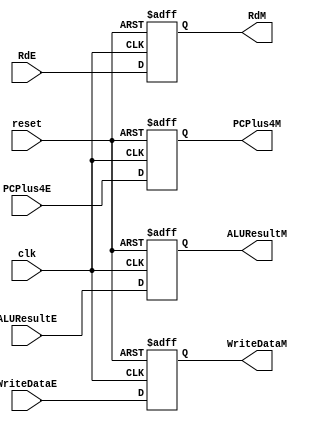
// Execution and Memory Access 

module EX_MEM(input  clk, reset,
                input [31:0] ALUResultE, WriteDataE, 
                input  [4:0] RdE, 
                input [31:0] PCPlus4E,
                output reg[31:0] ALUResultM, WriteDataM,
                output reg [4:0] RdM, 
                output reg [31:0] PCPlus4M);
//NOT PASSING PC ? why
always @( posedge clk, posedge reset ) begin 
    if (reset) begin
        ALUResultM <= 0;
        WriteDataM <= 0;
        RdM <= 0; 
        PCPlus4M <= 0;
    end

    else begin
        ALUResultM <= ALUResultE;
        WriteDataM <= WriteDataE;
        RdM <= RdE; 
        PCPlus4M <= PCPlus4E;        
    end
    
end

endmodule